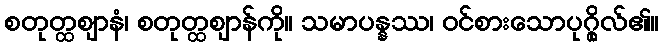
စတုတ္ထဈာနံ၊ စတုတ္ထဈာန်ကို။ သမာပန္နဿ၊ ဝင်စားသောပုဂ္ဂိုလ်၏။